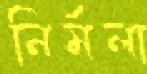
নির্মলা